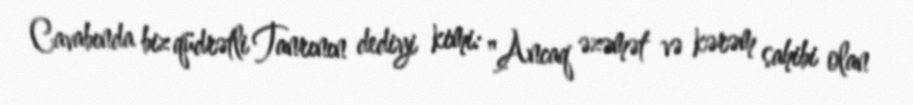
Cavabında biz qüdrətli Tanrının dediyi kimi: "Ancaq əzəmət və kərəm sahibi olan